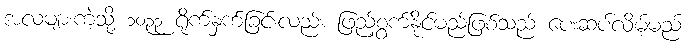
အလံများကဲ့သို့ ၁၀၃၃ ရိုက်နှက်ခြင်းလည်း ဖြည့်စွက်နိုင်မည်ဖြစ်သည် ပေးဆပ်လိမ့်မည်